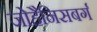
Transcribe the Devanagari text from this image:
जोहैनिसबर्ग